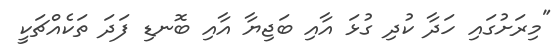
"މިރަށުގައި ހަދާ ކުދި ގުޅަ އާއި ބަޖިޔާ އާއި ބޮނޑި ފަދަ ތަކެއްޗަކީ